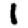
Digit: 1